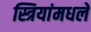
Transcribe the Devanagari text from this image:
स्त्रियांमधले